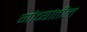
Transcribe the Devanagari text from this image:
गोव्यांतील